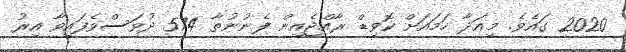
2020 ގައެވެ. މިއަދާ ހަމައަށް ކޮވިޑް ރާއްޖެއިން ފެނުނުތާ 574 ދުވަސްވެފައިވާ އިރު